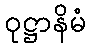
ဝုဋ္ဌာနိမံ